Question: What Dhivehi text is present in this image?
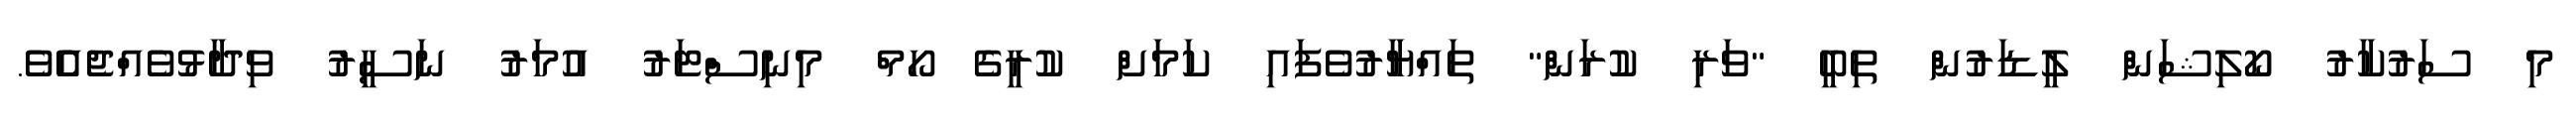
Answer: މި ސަރުކާރު ކޯލިޝަން ލީޑަރުން ތިބީ "ވަރި ކުރަން" ތައްޔާރުވެފައި ކަމަށް ކުރީގެ ހޯމް މިނިސްޓަރު އުމަރު ނަސީރު ވިދާޅުވެއްޖެއެެވެ.